Plague in India, 1896, 1897 - Volume 2
Year: 1896
Disease focus: Plague
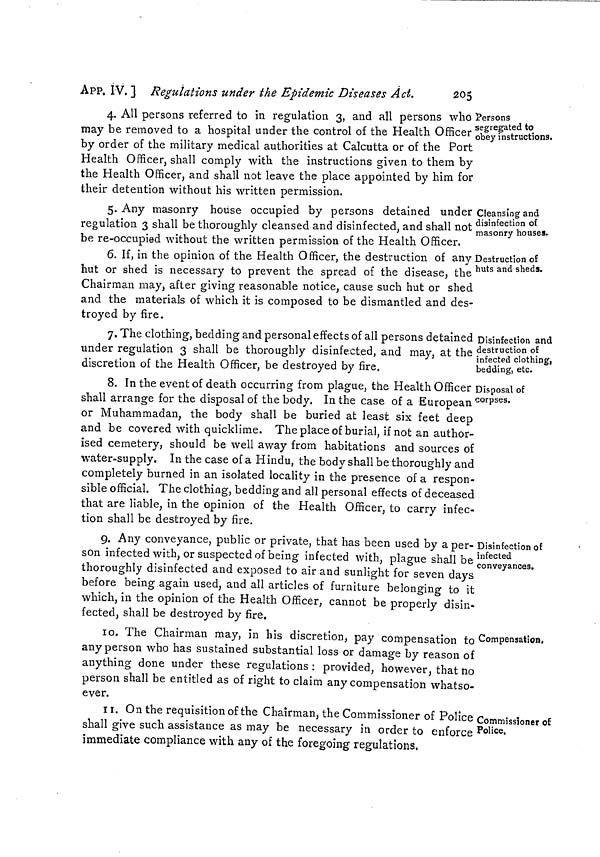
284
Measures to prevent the
[ APP. IX.
Harbour Police. It shall be the duty of the Pilot or other officers to
whom such report under Rule I is made to communicate the same
without delay to the Health Officer of the Port.
5. Pending the arrival of the Health Officer of the Port, the
Master shall anchor in the stream, and shall not permit the departure
or landing of any of his crew or passengers until permitted to do so
by the Health Officer of the Port.
6. The Masters of vessels to which rule 3 is applicable and the
Masters of all vessels arriving from the ports or places inside the
limits prescribed in rule 3 shall only permit the disembarkation of
their crews and passengers between the hours of 6 A.M. and 6 P.M.
and at such bandars or places as may be directed by the Health
Officer of the Port.
No. 51.
Resolution of the Government of Bombay, No. 1211—710-P., dated the 6th March
1897.
RESOLUTION.—Under Act III of 1897 the Governor in Council
is pleased to prescribe the following rules and to authorise the
Commissioners of Divisions to apply them, as a temporary measure,
to any ports in the Bombay Presidency, reporting to Government from
time to time the ports to which he has applied them :—
(1) Any vessel, except ferry boats (to which the rules of Govern-
ment Resolution No. 883—351-P., dated 17th February 1897, apply)
arriving at a port, shall anchor at a place fixed for such purpose,
and the passengers and crew shall be examined before she is granted
entry inwards and is allowed to land passengers or cargo.
(2) If any of the passengers or crew are found by the plague
authority to be plague-stricken, the patient or patients shall be
removed to the nearest segregated hospital, and the vessel shall be
made to proceed to the place set apart for the anchorage of such
vessel. Such vessels shall not communicate with the shore or land
or receive cargo for the period of eight days. Provisions, etc., shall
be sent to her under directions from the Port Officer or other officer
appointed for the purpose by the Commissioner of the Division and
shall be passed up the side in receptacles which shall not be received
back.
(3) If no further plague case occurs on board during such period
of eight days, she may receive pratique. If other cases occur, the
course directed in Rule (2) shall be followed for a further period of
eight days respectively. The vessel shall not receive pratique, or
communicate with the shore or receive cargo or receive provisions
otherwise than as directed in Rule (2) until after the lapse of eight
days from the occurrence of the last case.